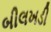
બીલખડી